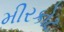
મીરકોટ